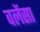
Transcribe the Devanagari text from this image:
वलेंसा